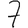
Digit: 7